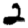
Digit: 2